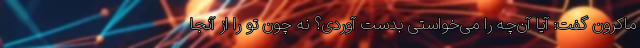
ماکرون گفت: آیا آن‌چه را می‌خواستی بدست آوردی؟ نه چون تو را از آنجا